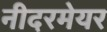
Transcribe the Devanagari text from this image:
नीदरमेयर